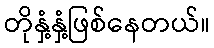
တိုနှံ့နှံ့ဖြစ်နေတယ်။